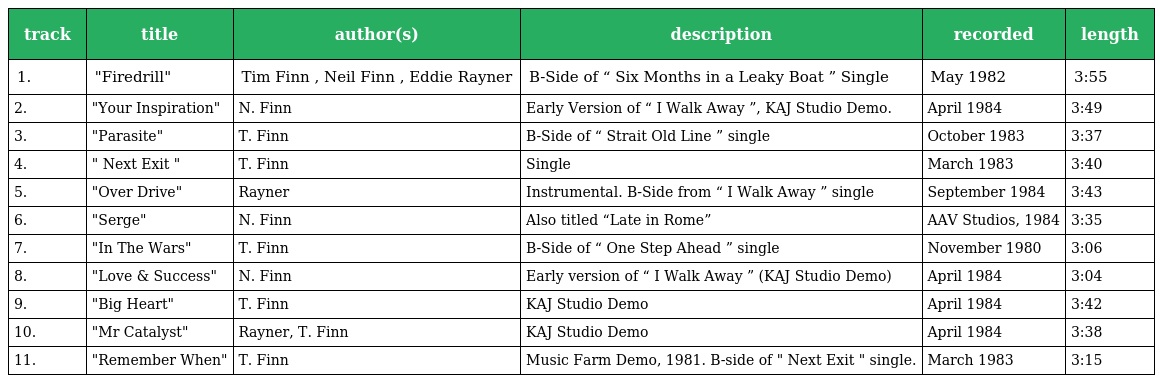
| track | title | author(s) | description | recorded | length |
 | --- | --- | --- | --- | --- | --- |
 | 1. | "Firedrill" | Tim Finn , Neil Finn , Eddie Rayner | B-Side of “ Six Months in a Leaky Boat ” Single | May 1982 | 3:55 |
 | 2. | "Your Inspiration" | N. Finn | Early Version of “ I Walk Away ”, KAJ Studio Demo. | April 1984 | 3:49 |
 | 3. | "Parasite" | T. Finn | B-Side of “ Strait Old Line ” single | October 1983 | 3:37 |
 | 4. | " Next Exit " | T. Finn | Single | March 1983 | 3:40 |
 | 5. | "Over Drive" | Rayner | Instrumental. B-Side from “ I Walk Away ” single | September 1984 | 3:43 |
 | 6. | "Serge" | N. Finn | Also titled “Late in Rome” | AAV Studios, 1984 | 3:35 |
 | 7. | "In The Wars" | T. Finn | B-Side of “ One Step Ahead ” single | November 1980 | 3:06 |
 | 8. | "Love & Success" | N. Finn | Early version of “ I Walk Away ” (KAJ Studio Demo) | April 1984 | 3:04 |
 | 9. | "Big Heart" | T. Finn | KAJ Studio Demo | April 1984 | 3:42 |
 | 10. | "Mr Catalyst" | Rayner, T. Finn | KAJ Studio Demo | April 1984 | 3:38 |
 | 11. | "Remember When" | T. Finn | Music Farm Demo, 1981. B-side of " Next Exit " single. | March 1983 | 3:15 |